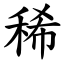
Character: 稀